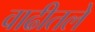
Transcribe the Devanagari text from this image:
वाढीतले